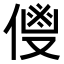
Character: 𬿌